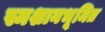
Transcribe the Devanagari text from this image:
स्मशानभूमित